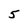
Character: 5